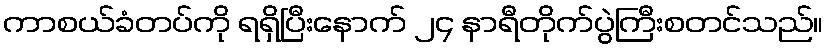
ကာစယ်ခံတပ်ကို ရရှိပြီးနောက် ၂၄ နာရီတိုက်ပွဲကြီးစတင်သည်။